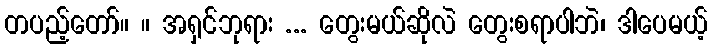
တပည့်တော်။ ။ အရှင်ဘုရား ... တွေးမယ်ဆိုလဲ တွေးစရာပါဘဲ၊ ဒါပေမယ့်